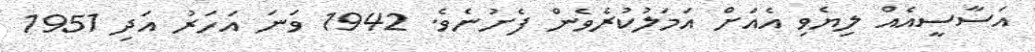
އަސާސީއެއް ލިޔެވި އެއަށް އަމަލުކުރެވެން ފެށުނެވެ. 1942 ވަނަ އަހަރު އަދި 1951